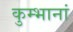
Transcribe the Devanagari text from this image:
कुम्भानां